Report of the Indian Hemp Drugs Commission, 1894-1895 - Volume IV
Year: 1894
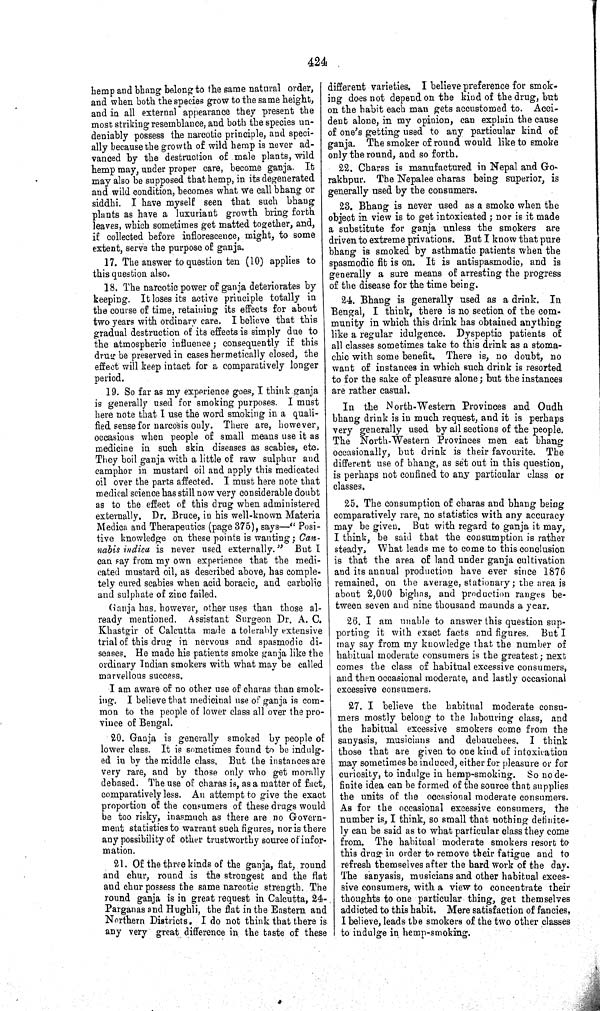
424
hemp and bhang belong to the same natural order,
and when both the species grow to the same height,
and in all external appearance they present the
most striking resemblance, and both the species un-
deniably possess the narcotic principle, and speci-
ally because the growth of wild hemp is never ad-
vanced by the destruction of male plants, wild
hemp may, under proper care, become ganja. It
may also be supposed that hemp, in its degenerated
and wild condition, becomes what we call bhang or
siddhi. I have myself seen that such bhang
plants as have a luxuriant growth bring forth
leaves, which sometimes get matted together, and,
if collected before inflorescence, might, to some
extent, serve the purpose of ganja.
17. The answer to question ten (10) applies to
this question also.
18. The narcotic power of ganja deteriorates by
keeping. It loses its active principle totally in
the course of time, retaining its effects for about
two years with ordinary care. I believe that this
gradual destruction of its effects is simply due to
the atmospheric influence; consequently if this
drug be preserved in cases hermetically closed, the
effect will keep intact for a comparatively longer
period.
19. So far as my experience goes, I think ganja
is generally used for smoking purposes. I must
here note that I use the word smoking in a quali-
fied sense for narcosis only. There are, however,
occasions when people of small means use it as
medicine in such skin diseases as scabies, etc.
They boil ganja with a little of raw sulphur and
camphor in mustard oil and apply this medicated
oil over the parts affected. I must here note that
medical science has still now very considerable doubt
as to the effect of this drug when administered
externally. Dr. Bruce, in his well-known Materia
Medica and Therapeutics (page 375), says—"Posi-
tive knowledge on these points is wanting; Can-
nabis indica is never used externally." But I
can say from my own experience that the medi-
cated mustard oil, as described above, has comple-
tely cured scabies when acid boracic, and carbolic
and sulphate of zinc failed.
Ganja has, however, other uses than those al-
ready mentioned. Assistant Surgeon Dr. A. C.
Khastgir of Calcutta made a tolerably extensive
trial of this drug in nervous and spasmodic di-
seases. He made his patients smoke ganja like the
ordinary Indian smokers with what may be called
marvellous success.
I am aware of no other use of charas than smok-
ing. I believe that medicinal use of ganja is com-
mon to the people of lower class all over the pro-
vince of Bengal.
20. Ganja is generally smoked by people of
lower class. It is sometimes found to be indulg-
ed in by the middle class. But the instances are
very rare, and by those only who get morally
debased. The use of charas is, as a matter of fact,
comparatively less. An attempt to give the exact
proportion of the consumers of these drugs would
be too risky, inasmuch as there are no Govern-
ment statistics to warrant such figures, nor is there
any possibility of other trustworthy source of infor-
mation.
21. Of the three kinds of the ganja, flat, round
and chur, round is the strongest and the flat
and chur possess the same narcotic strength. The
round ganja is in great request in Calcutta, 24-
Parganas and Hughli, the flat in the Eastern and
Northern Districts. I do not think that there is
any very great difference in the taste of these
different varieties. I believe preference for smok-
ing does not depend on the kind of the drug, but
on the habit each man gets accustomed to. Acci-
dent alone, in my opinion, can explain the cause
of one's getting used to any particular kind of
ganja. The smoker of round would like to smoke
only the round, and so forth.
22. Charas is manufactured in Nepal and Go-
rakhpur. The Nepalee charas being superior, is
generally used by the consumers.
23. Bhang is never used as a smoke when the
object in view is to get intoxicated; nor is it made
a substitute for ganja unless the smokers are
driven to extreme privations. But I know that pure
bhang is smoked by asthmatic patients when the
spasmodic fit is on. It is antispasmodic, and is
generally a sure means of arresting the progress
of the disease for the time being.
24. Bhang is generally used as a drink. In
Bengal, I think, there is no section of the com-
munity in which this drink has obtained anything
like a regular idulgence. Dyspeptic patients of
all classes sometimes take to this drink as a stoma-
chic with some benefit. There is, no doubt, no
want of instances in which such drink is resorted
to for the sake of pleasure alone; but the instances
are rather casual.
In the North-Western Provinces and Oudh
bhang drink is in much request, and it is perhaps
very generally used by all sections of the people.
The North-Western Provinces men eat bhang
occasionally, but drink is their favourite. The
different use of bhang, as set out in this question,
is perhaps not confined to any particular class or
classes.
25. The consumption of charas and bhang being
comparatively rare, no statistics with any accuracy
may be given. But with regard to ganja it may,
I think, be said that the consumption is rather
steady, What leads me to come to this conclusion
is that the area of land under ganja cultivation
and its annual production have ever since 1876
remained, on the average, stationary; the area is
about 2,000 bighas, and production ranges be-
tween seven and nine thousand maunds a year.
26. I am unable to answer this question sup-
porting it with exact facts and figures. But I
may say from my knowledge that the number of
habitual moderate consumers is the greatest; next
comes the class of habitual excessive consumers,
and then occasional moderate, and lastly occasional
excessive consumers.
27. I believe the habitual moderate consu-
mers mostly belong to the labouring class, and
the habitual excessive smokers come from the
sanyasis, musicians and debauchees. I think
those that are given to one kind of intoxication
may sometimes be induced, either for pleasure or for
curiosity, to indulge in hemp-smoking. So no de-
finite idea can be formed of the source that supplies
the units of the occasional moderate consumers.
As for the occasional excessive consumers, the
number is, I think, so small that nothing definite-
ly can be said as to what particular class they come
from. The habitual moderate smokers resort to
this drug in order to remove their fatigue and to
refresh themselves after the hard work of the day.
The sanyasis, musicians and other habitual exces-
sive consumers, with a view to concentrate their
thoughts to one particular thing, get themselves
addicted to this habit. Mere satisfaction of fancies,
I believe, leads the smokers of the two other classes
to indulge in hemp-smoking.